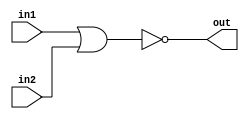
// Exercise 3-1-1-3: NOR
module NOR (
    input in1,
    input in2,
    output out
);
    // NOR operation
    assign out = ~(in1|in2);
endmodule